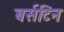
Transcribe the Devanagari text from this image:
बर्सटिन